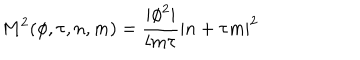
M ^ { 2 } ( \phi , \tau , n , m ) = \frac { | \phi ^ { 2 } | } { l m \tau } | n + \tau m | ^ { 2 }